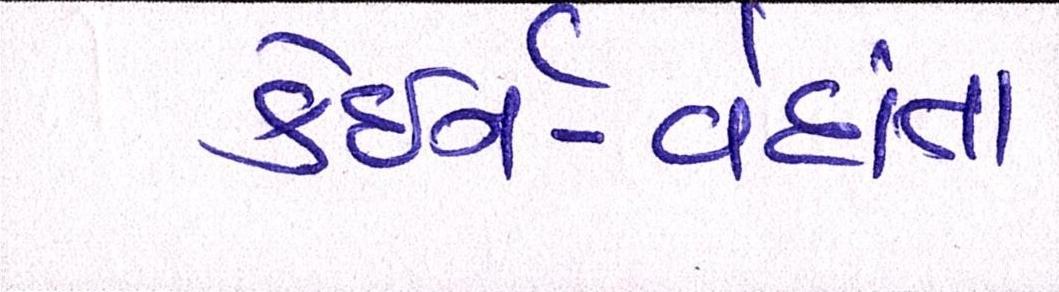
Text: કેઇર્ન-વેદાંતા